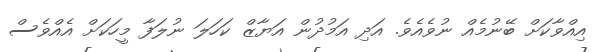
އިއްވާކަށް ބޭނުމެއް ނުވެއެވެ. އަދި އަމުދުން އަޔާޒް ކަހަލަ ނުލަފާ މީހަކަށް އެއްވެސް